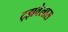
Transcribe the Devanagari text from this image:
ट्झवेलास